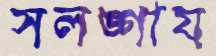
সলঙ্গায়